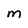
Character: M